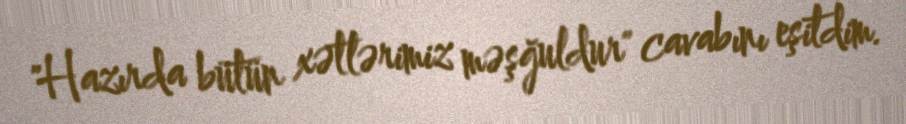
"Hazırda bütün xətlərimiz məşğuldur" cavabını eşitdim.